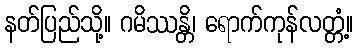
နတ်ပြည်သို့။ ဂမိဿန္တိ၊ ရောက်ကုန်လတ္တံ့။